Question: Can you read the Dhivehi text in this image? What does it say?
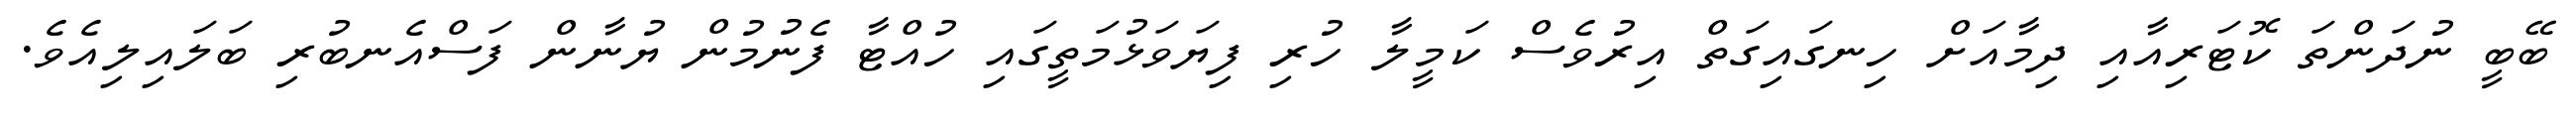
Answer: ބޭބީ ނުދަންތަ ކޮޓަރިއާއި ދިމާއަށް ހިނގައިގަތް އިރުވެސް ކަމީލާ ހުރި ފިޔަވަޅުމަތީގައި ހުއްޓާ ފެނުމުން ޔުނާން ފަސްއެނބުރި ބަލައިލިއެވެ.